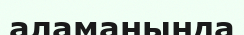
аламанында